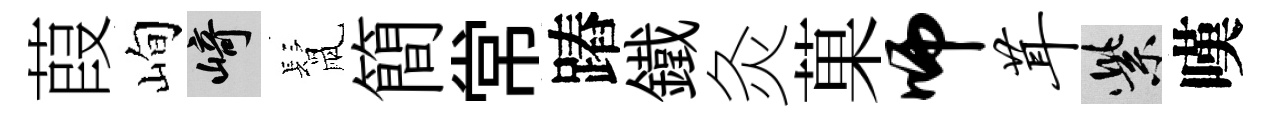
葭峋崎鬛簡常蹖鐵灸菓师茸紫嘆